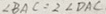
\angle B A C = 2 \angle D A C